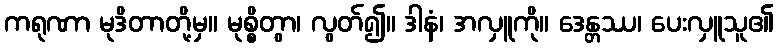
ကရုဏာ မုဒိတာတို့မှ။ မုစ္စိတွာ၊ လွတ်၍။ ဒါနံ၊ အလှူကို။ ဒေန္တဿ၊ ပေးလှူသူ၏